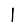
Digit: 1